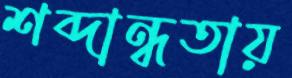
শব্দান্ধতায়